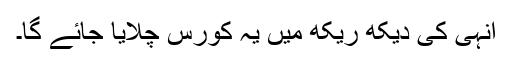
انہی کی دیکھ ریکھ میں یہ کورس چلایا جائے گا۔